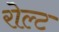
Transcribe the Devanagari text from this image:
रोल्ट